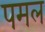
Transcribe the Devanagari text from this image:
पमल